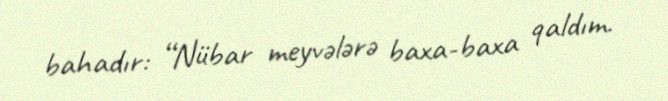
bahadır: “Nübar meyvələrə baxa-baxa qaldım.